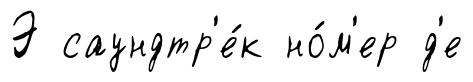
Э саундтр'е́к но́м'ер д'е